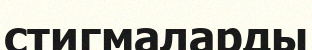
стигмаларды